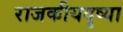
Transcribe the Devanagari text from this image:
राजकीयदृष्या